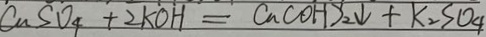
C u S O _ { 4 } + 2 K O H = C u ( O H ) _ { 2 } \downarrow + K _ { 2 } S O _ { 4 }